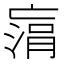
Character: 𠅻